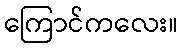
ကြောင်ကလေး။